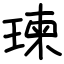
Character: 瑓